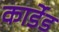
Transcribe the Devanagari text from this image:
कार्डेड